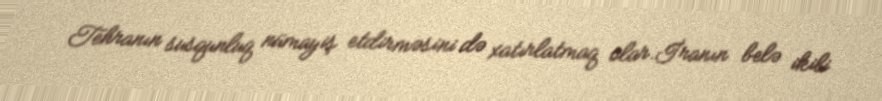
Tehranın susqunluq nümayiş etdirməsini də xatırlatmaq olar.İranın belə ikili